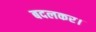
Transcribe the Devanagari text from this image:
बदलकर।